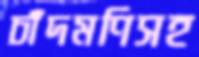
চাঁদমণিসহ